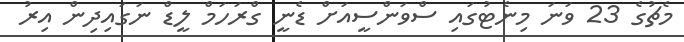
މެޗުގެ 23 ވަނަ މިނެޓުގައި ސްވަންސީއަށް ޑެނީ ގްރަހަމް ލީޑް ނަގައިދިން އިރު